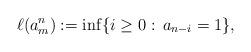
LaTeX: \begin{align*}\ell(a_{m}^{n}):=\inf\{i\ge0: \,a_{n-i}=1\},\end{align*}